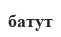
батут